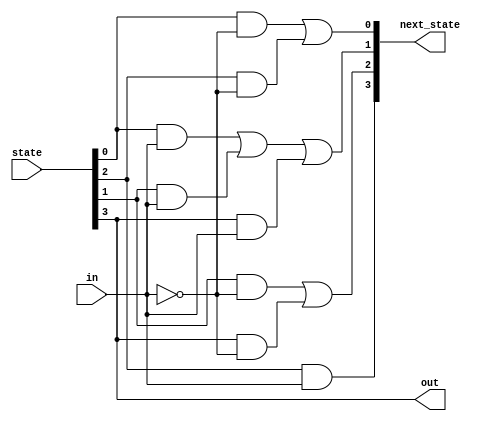
module top_module(
    input  wire       in,
    input  wire [3:0] state,
    output wire [3:0] next_state,
    output wire       out
    );

    parameter A = 2'b00, B = 2'b01, C = 2'b10, D = 2'b11;

    // State transition logic: Derive an equation for each state flip-flop.
    assign next_state[A] = (state[A] & ~in) | (state[C] & ~in);  
    assign next_state[B] = (state[A] &  in) | (state[B] &  in) | (state[D] & in);
    assign next_state[C] = (state[B] & ~in) | (state[D] & ~in);
    assign next_state[D] = state[C] & in;

    // Output logic: 
    assign out = (state[D]);

endmodule